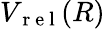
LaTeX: V_{\mathrm{~r~e~l~}}(R)